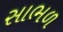
સાભળ